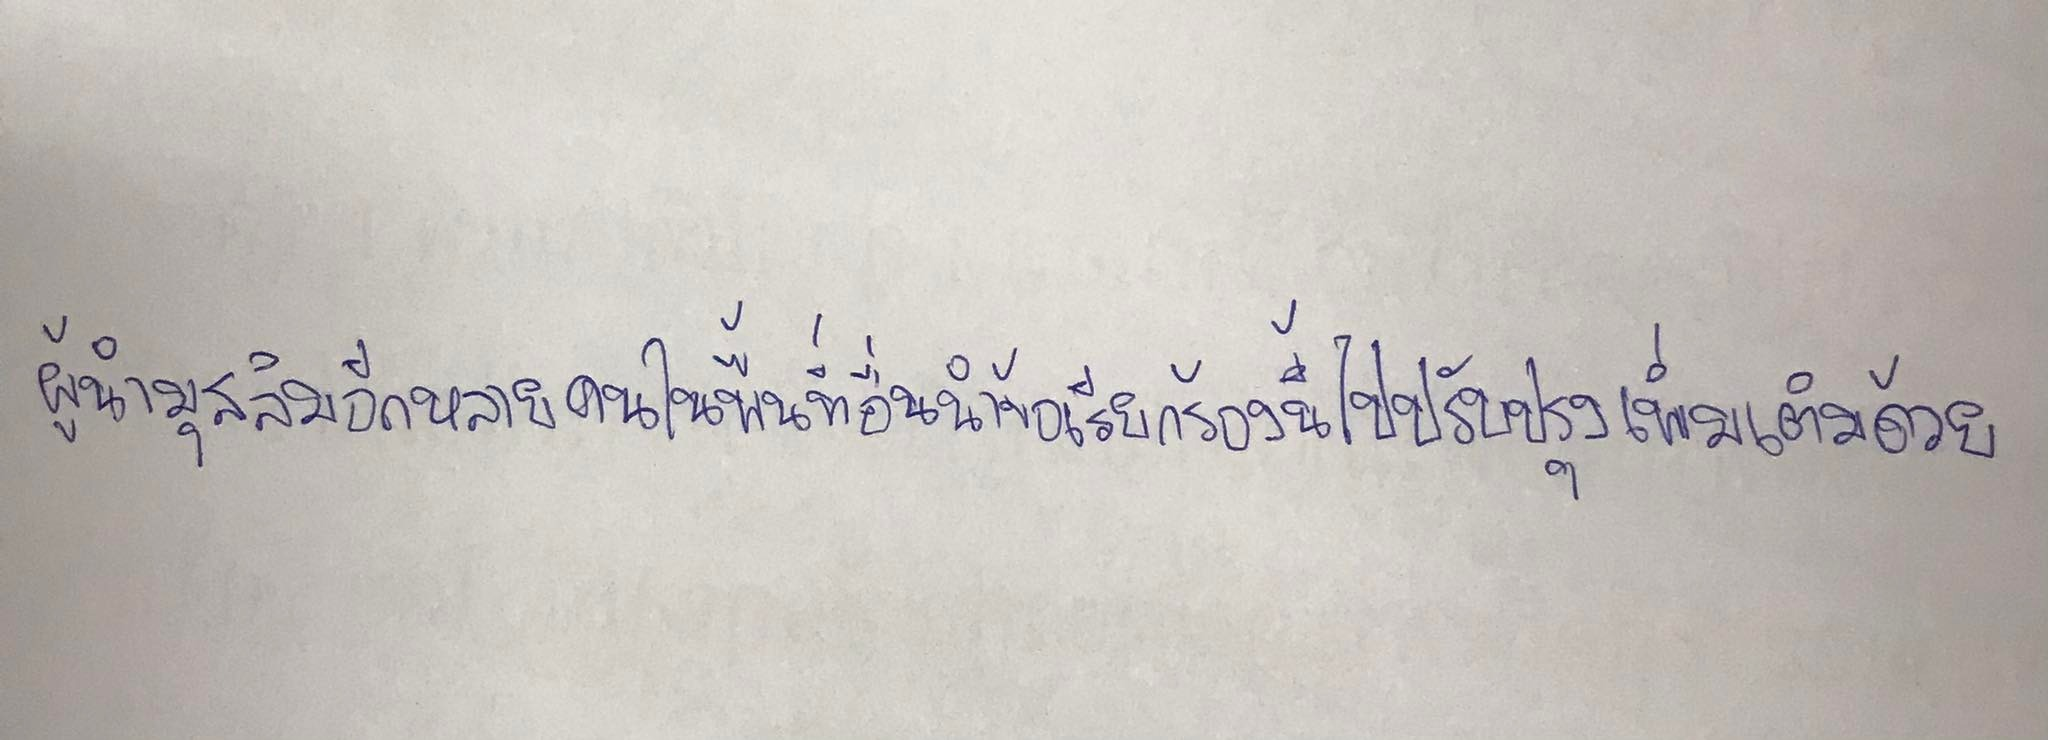
ผู้นำมุสลิมอีกหลายคนในพื้นที่อื่นนำข้อเรียกร้องนี้ไปปรับปรุงเพิ่มเติมด้วย